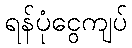
ရန်ပုံငွေကျပ်